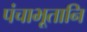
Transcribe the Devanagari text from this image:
पंचाभूतानि